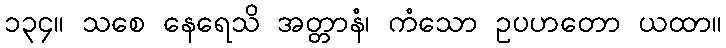
၁၃၄။ သစေ နေရေသိ အတ္တာနံ၊ ကံသော ဥပဟတော ယထာ။